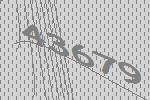
43679